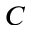
\boldsymbol { C }